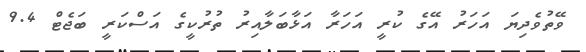
ވޭތުވެދިޔަ އަހަރު އޭގެ ކުރީ އަހަރާ އަޅާބަލާއިރު ތުރުކީގެ އަސްކަރީ ބަޖެޓް 9.4